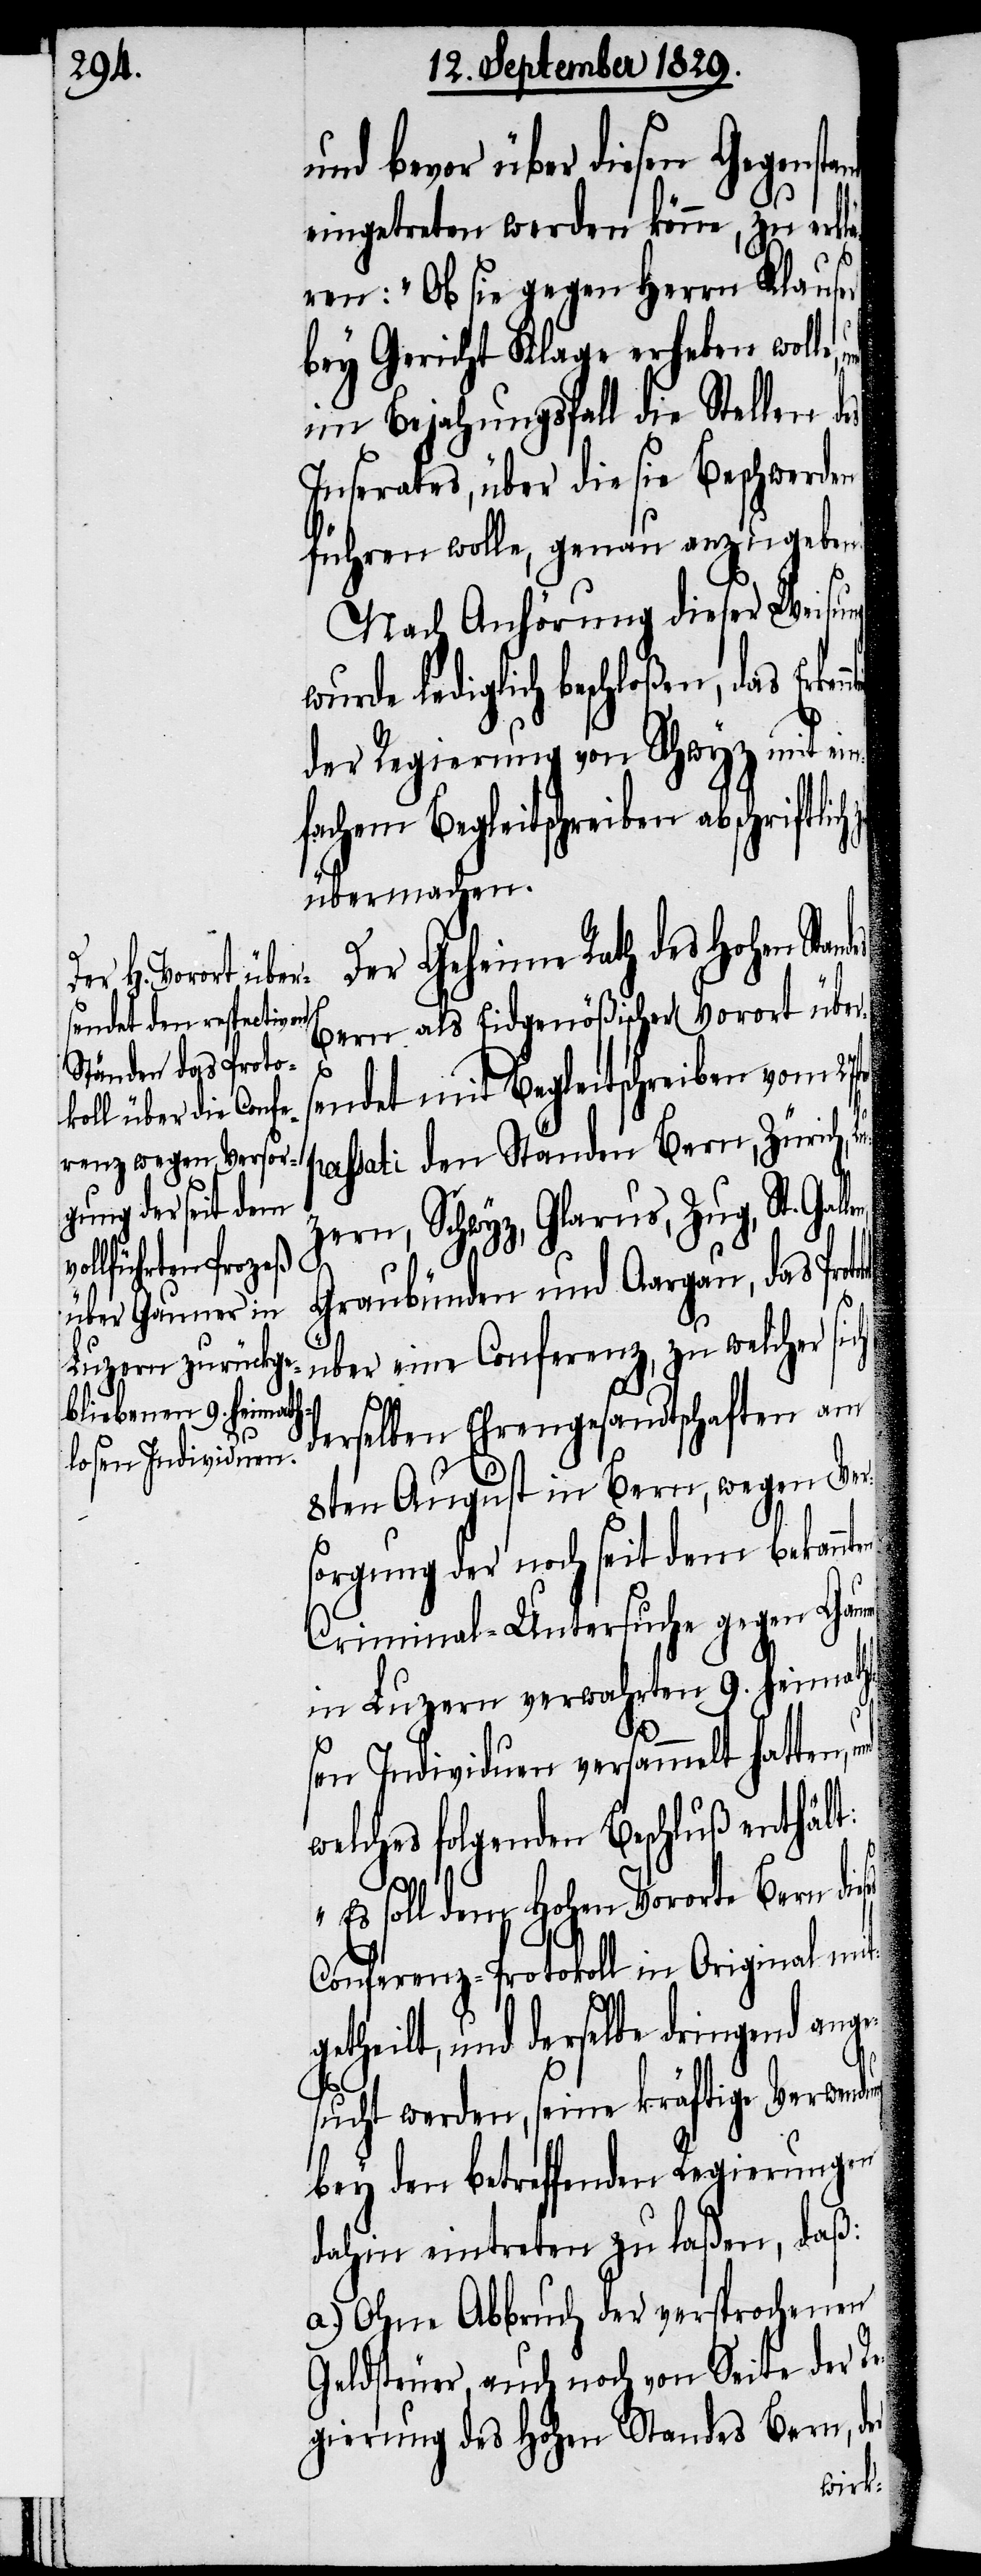
und bevor über diesen Gegenstand
eingetreten werden könne, zu erklä¬
ren: „Ob sie gegen Herrn Klauser
bey Gericht Klage erheben wolle,
im Bejahungsfall die Stellen des
Inserates, über die sie Beschwerden
führen wolle, genau anzugeben.“
Nach Anhörung dieser Weisung
en passati den Ständen Bern,
der Regierung von Schwyz mit ein¬
fachem Begleitschreiben abschriftl¬
übermachen.
Der Geheime Rath des Hohen Sta¬
Bern als Eidgenößischer Vorort über¬
ses
sendet mit Begleitschreiben vom 27st¬
zern, Schwyz, Glarus, Zug, St. Gal¬
ung
Graubünden und Aargau, das
über eine Conferenz, zu welcher si¬
derselben Ehrengesandtschaften am
8ten August in Bern, wegen Ver¬
sorgung der noch seit dem bekannt¬
Criminal-Untersuche gegen Gau¬
in Luzern verwahrten 9. heimath¬
sen Individuen versammelt hatten,
welches folgenden Beschluß enthält:
„Es soll dem Hohen Vororte Bern die¬
Conferenz-Protokoll in Original mit¬
getheilt, und derselbe dringen ange¬
sucht werden, seine kräftige Verwend¬
bey den betreffenden Regierungen
dahin eintreten zu laßen, daß:
a.) Ohne Abbruch der versprochenen
Geldsteuer, auch noch von Seite der Re¬
lo¬
gierung des Hohen Standes Bern,
wurd¬

der